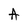
Character: A